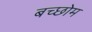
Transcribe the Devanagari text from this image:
बच्छोम